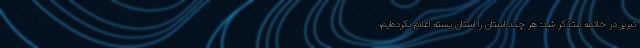
تبریز در خاتمه متذکر شد: هر چند استان را استان بسته اعلام نکرده‌ایم،